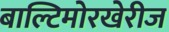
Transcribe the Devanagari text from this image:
बाल्टिमोरखेरीज